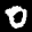
Label: 0